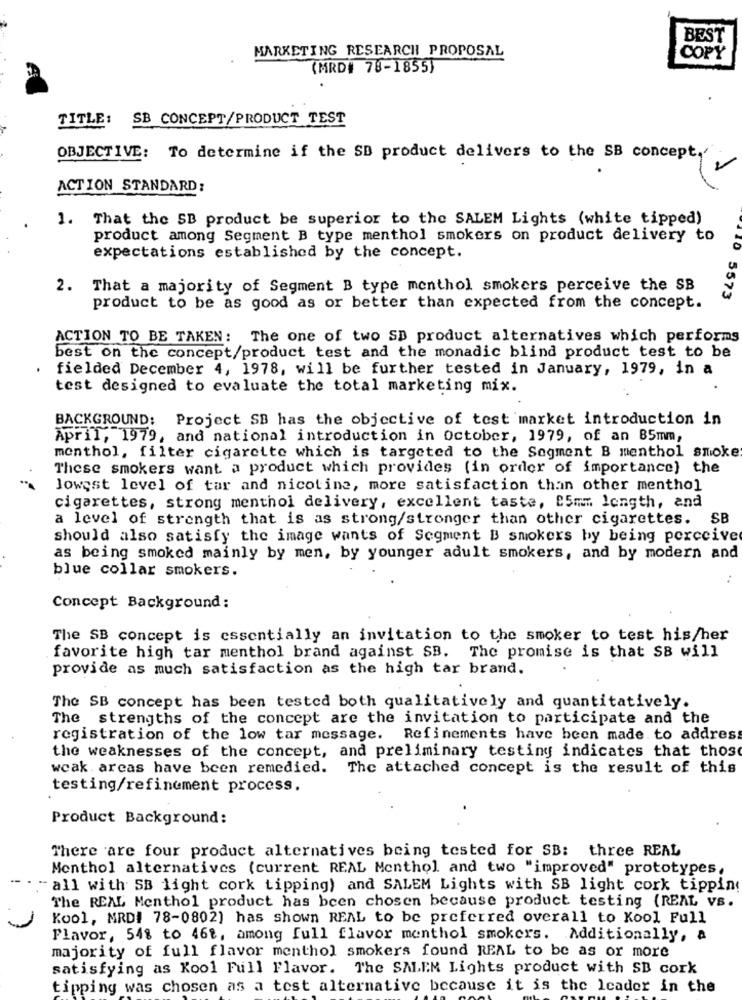
BEST
MARKETING RESEARCH PROPOSAL
COPY
(MRD# 78-1855)
TITLE:
SB CONCEPT/PRODUCT TEST
OBJECTIVE: To determine if the SB product delivers to the SB concept."
ACTION STANDARD;
1. That the SB product be superior to the SALEM Lights (white tipped)
product among Segment B type menthol smokers on product delivery to
expectations established by the concept.
2.
That a majority of Segment B type menthol smokers perceive the SB
0 5573
product to be as good as or better than expected from the concept.
ACTION TO BE TAKEN: The one of two SD product alternatives which performs
best on the concept/product test and the monadic blind product test to be
fielded December 4, 1978, will be further tested in January, 1979, in a
test designed to evaluate the total marketing mix.
BACKGROUND: Project SB has the objective of test market introduction in
April, 1979, and national introduction in October, 1979, of an B5mm,
menthol, filter cigarette which is targeted to the Segment B menthol smoke
These smokers want a product which provides (in order of importance) the
lowest level of tar and nicotine, more satisfaction than other menthol
cigarettes, strong menthol delivery, excellent taste, 05m ... length, and
a level of strength that is as strong/stronger than other cigarettes. SB
should also satisfy the image wants of Segment B smokers by being perceive
as being smoked mainly by men, by younger adult smokers, and by modern and
blue collar smokers.
Concept Background:
The SB concept is essentially an invitation to the smoker to test his/her
favorite high tar menthol brand against SB. The promise is that SB will
provide as much satisfaction as the high tar brand.
The SB concept has been tested both qualitatively and quantitatively.
The strengths of the concept are the invitation to participate and the
registration of the low tar message. Refinements have been made to address
the weaknesses of the concept, and preliminary testing indicates that those
weak arcas have been remedied. The attached concept is the result of this
testing/refinement process.
Product Background:
There are four product alternatives being tested for SB: three REAL
Menthol alternatives (current REAL Menthol and two "improved" prototypes,
" all with SB light cork tipping) and SALEM Lights with SB light cork tipping
The REAL Menthol product has been chosen because product testing (REAL Vs.
Kool, MRDI 78-0802] has shown REAL to be preferred overall to Kool Full
Flavor, 54% to 46%, among full flavor menthol smokers. Additionally, a
majority of full flavor menthol smokers found REAL to be as or more
satisfying as Kool Full Flavor. The SALEM Lights product with SB cork
tipping was chosen as a test alternative because it is the leader in the